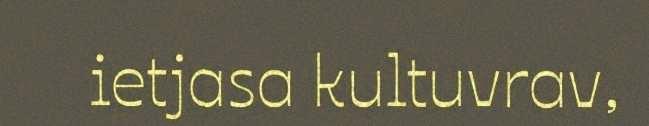
ietjasa kultuvrav,